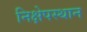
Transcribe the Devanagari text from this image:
निक्षेपस्थान